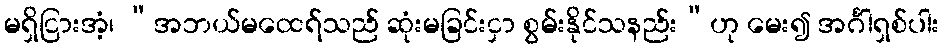
မရှိငြားအံ့၊ “အဘယ်မထေရ်သည် ဆုံးမခြင်းငှာ စွမ်းနိုင်သနည်း”ဟု မေး၍ အင်္ဂါရှစ်ပါး